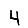
Digit: 4